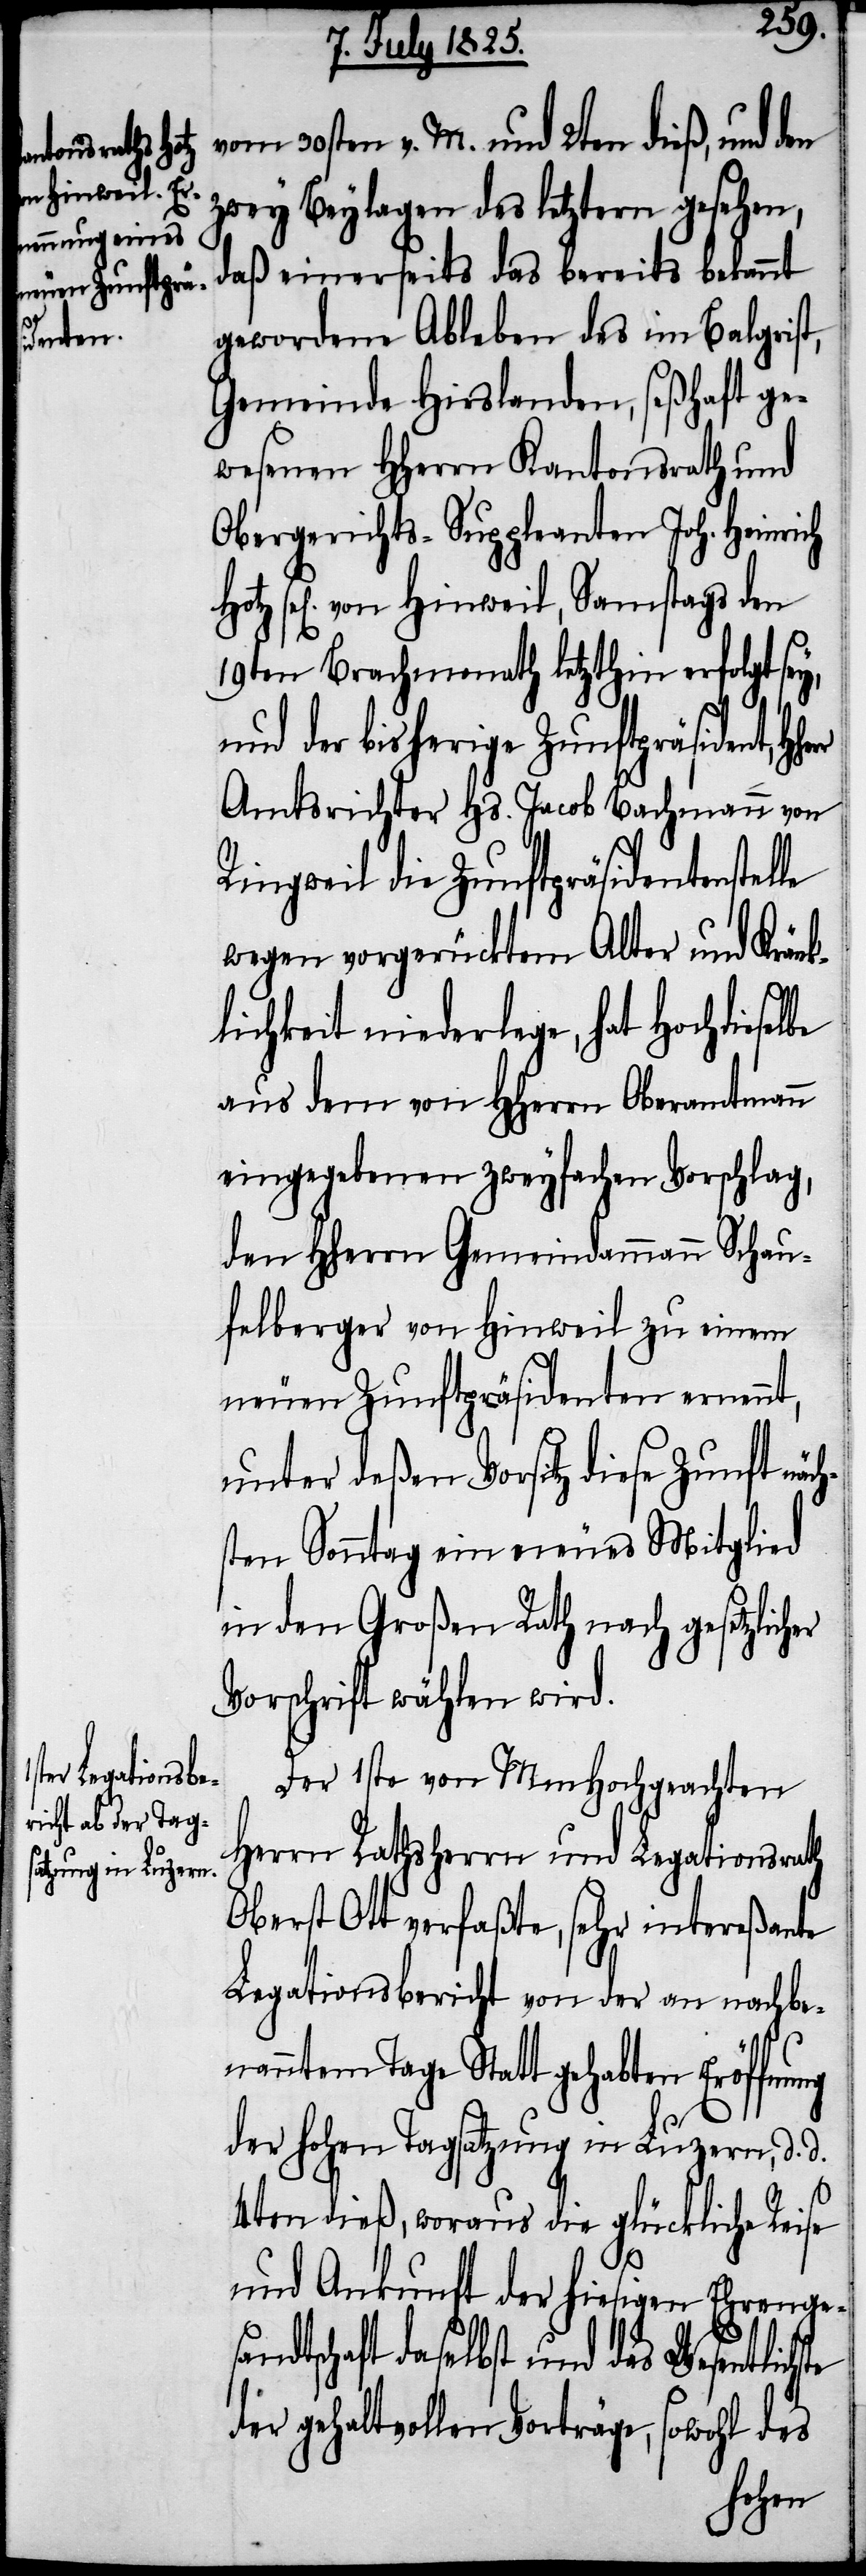
vom 30sten v. M. und 2ten dieß, und den
zwey Beylagen des letztern gesehen,
daß einerseits das bereits bekannt
gewordene Ableben des im Balgrist,
Gemeinde Hirslanden, seßhaft ge¬
wesenen HHerrn Kantonsrath und
Obergerichts-Suppleanten Joh. Heinrich
sel[igen] von Hinweil, Samstags den
19ten Brachmonath letzthin erfolgt sey,
und der bisherige Zunftpräsident,
Amtsrichter Hs. Jacob Bachmann von
Ringweil die Zunftpräsidentenstel¬
wegen vorgerücktem Alter und Kränk¬
lichkeit niederlege, hat Hochdieselbe
aus dem von HHerrn Oberamtmann
eingegebenen zweyfachen Vorschlag,
den HHerrn Gemeindammann Schau¬
felberger von Hinweil zu einem
neuen Zunftpräsidenten ernennt,
unter deßen Vorsitz diese Zunft näc¬
sten Sonntag ein neues Mitglied
in den Großen Rath nach gesetzlich¬
Vorschrift wählen wird.
Der 1ste von MmHochgeachten
Herrn Rathsherrn und Legationsrath
Oberst Ott verfaßte, sehr intereßante
Legationsbericht von der an nachbe¬
nanntem Tage Statt gehabten Eröffnung
der hohen Tagsatzung in Luzern, d.
ste
4ten dieß, woraus die glückliche Reise
und Ankunft der hiesigen Ehrenges¬
andtschaft daselbst und das Wesentlich¬
der gehaltvollen Vorträge, sowohl des